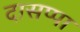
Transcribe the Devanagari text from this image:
दासप्पा